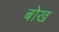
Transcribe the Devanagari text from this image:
बोख